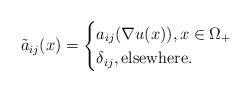
LaTeX: \begin{align*}\tilde a_{ij}(x)=\begin{cases}a_{ij}(\nabla u(x)),x\in\Omega_+\\\delta_{ij},\mbox{elsewhere}. \end{cases}\end{align*}